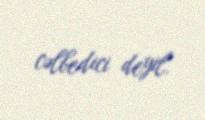
cəlbedici deyil.